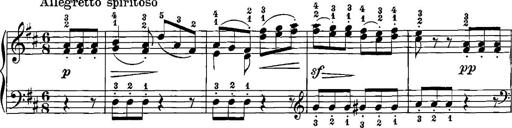
Title: 12 Sonatinas
Composer: Ignaz Pleyel